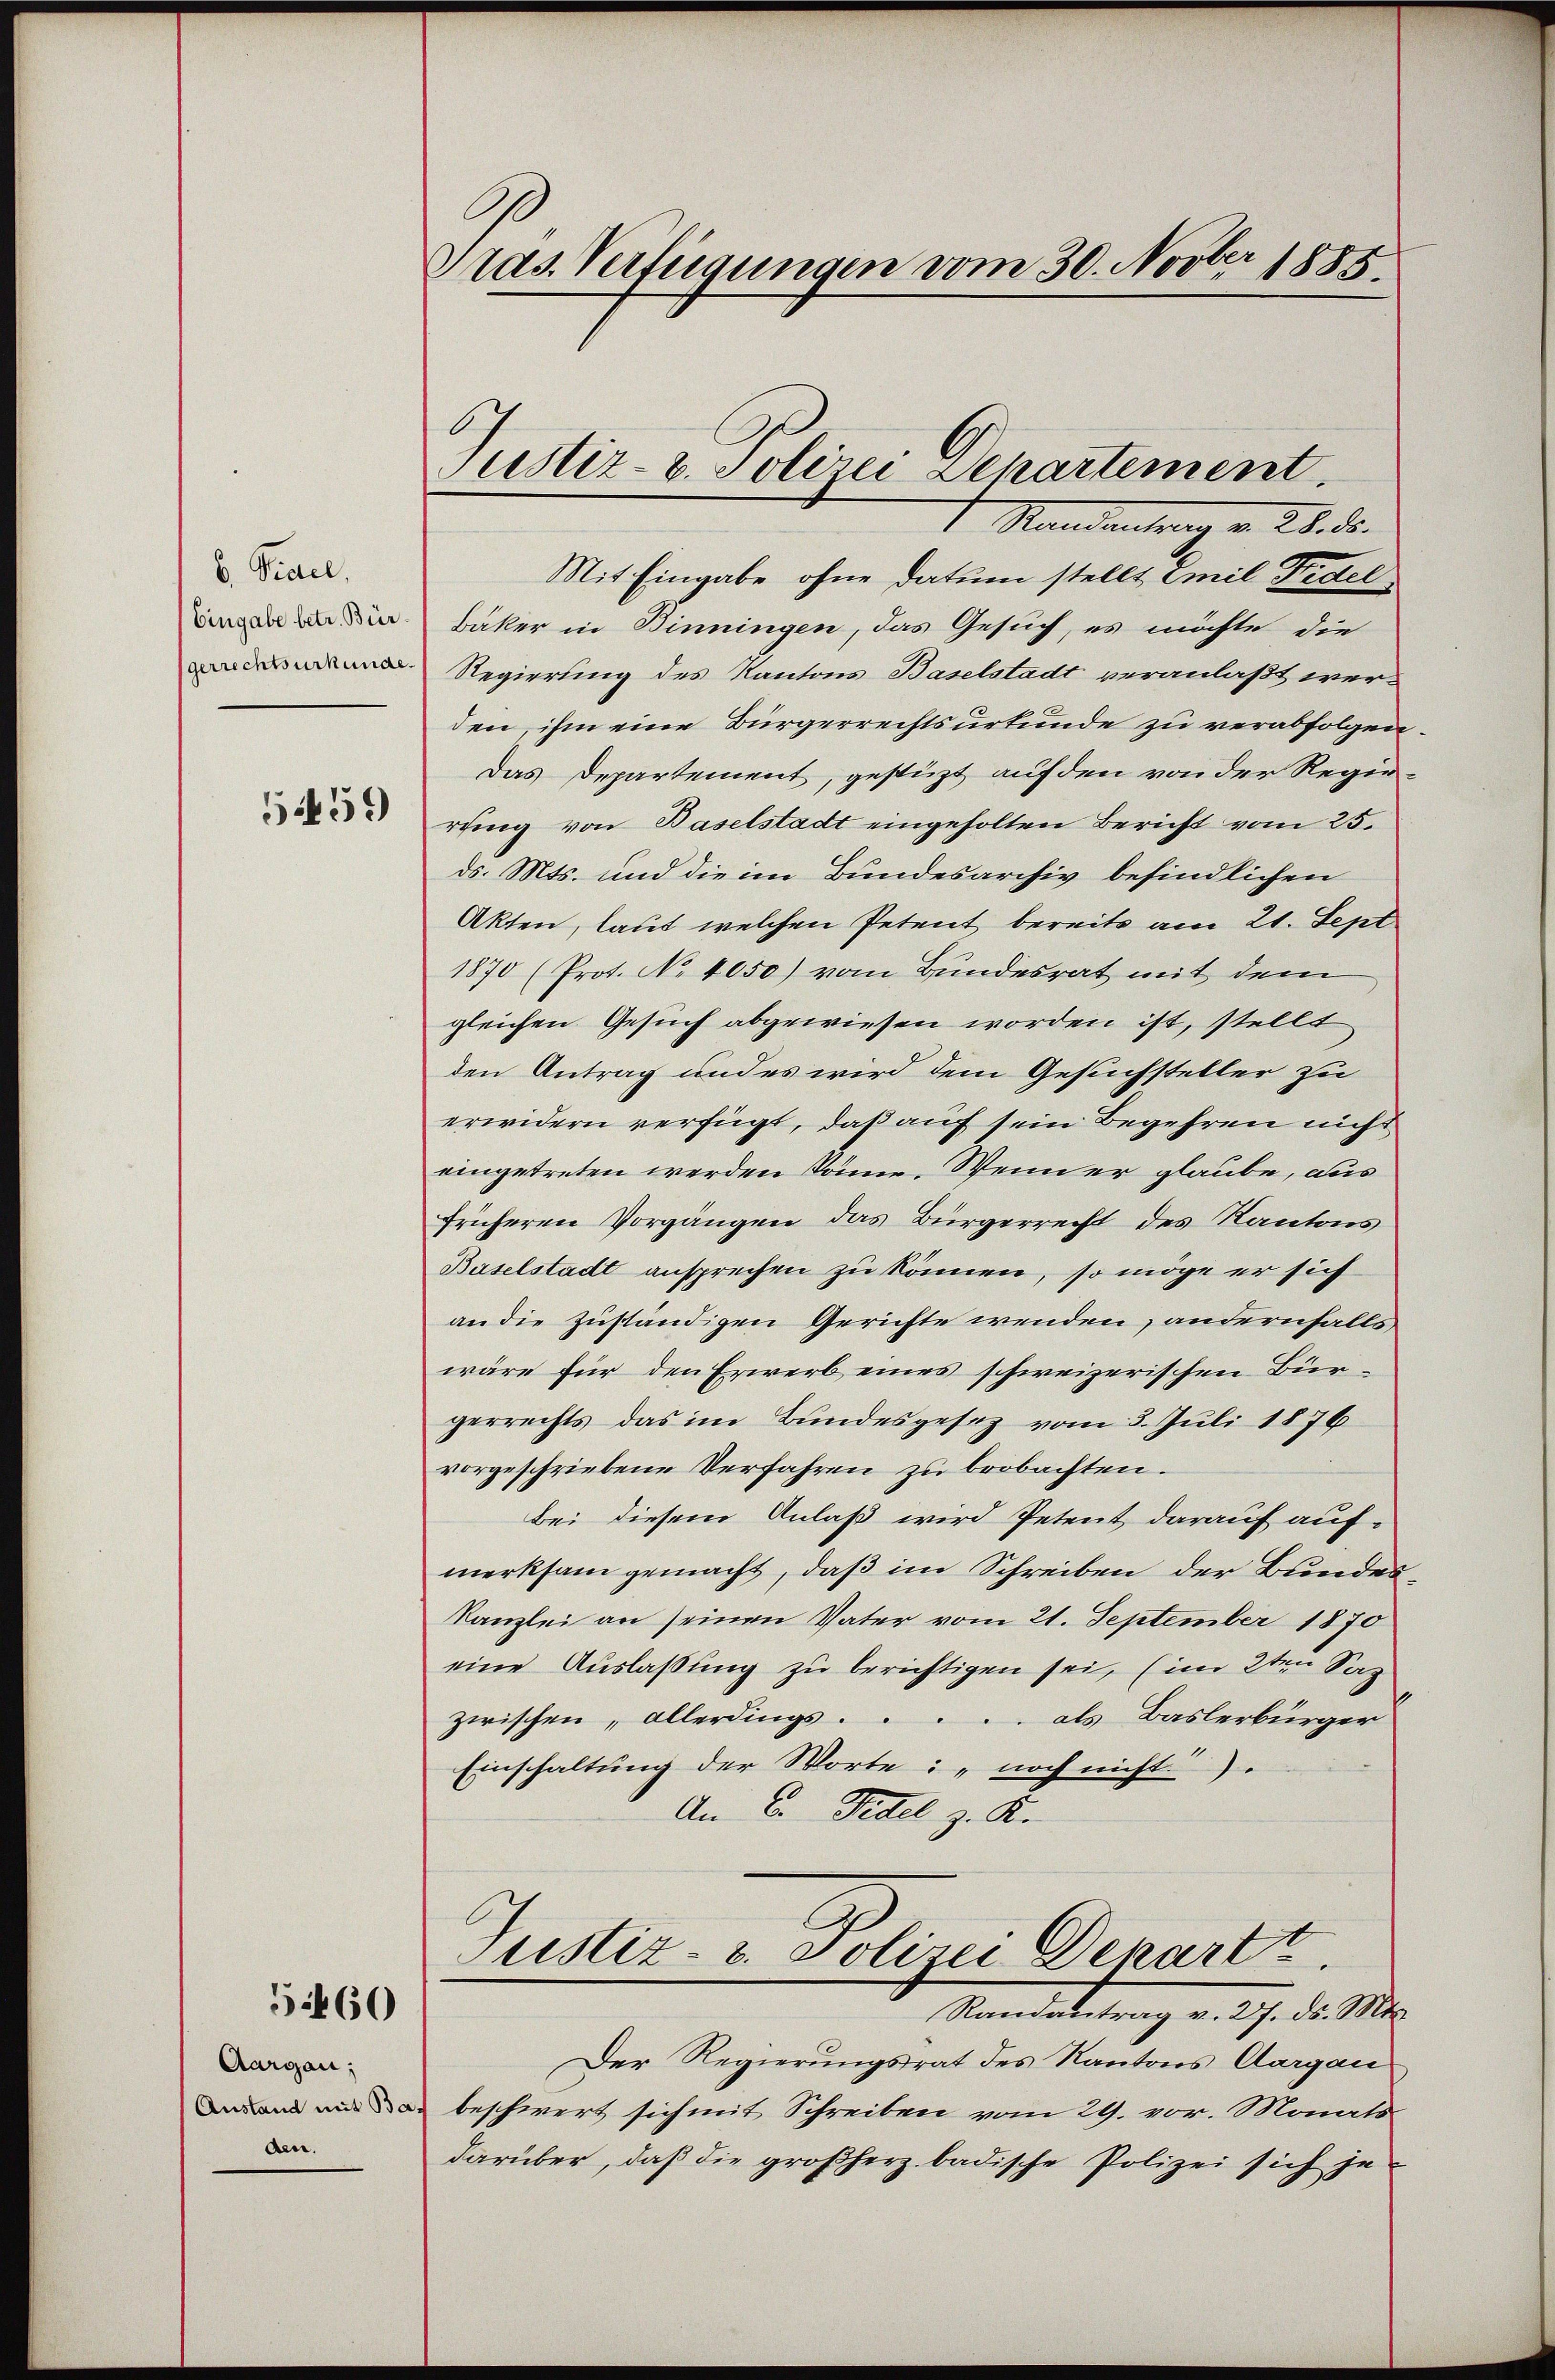
6. Pedel,
Eingabe betr. Bür
gerrechtsurkunde.

5459

5460

Aargau;
Anstand mit Baden.

Gras Verfügungen vom 30. Novber 1885.

Standentrag v. 28. d.
Mit Eingabe ohne Datum stellt Emil Fidel
Bäker in Binningen, das Gesuch, es möchte die
Regierung des Kantons Baselstadt veranlaßt werden, ihm eine Bürgerrechtsurkunde zu verabfolgen
Das Departement, gestüzt auf den von der Regierung von Baselstadt eingeholten Bericht vom 25.
ds. Mts. und die im Bundesarchiv befindlichen
Akten, laut welchen Petent bereits am 21. Sept
1870 (Prot. No 4050) vom Bundesrat mit dem
gleichen Gesuch abgewiesen worden ist, stellt
den Antrag und es wird dem Gesuchsteller zu
erwidern verfügt, daß auf sein Begehren nicht
eingetreten werden könne. Wenn er glaube, aus
früheren Vorgängen das Bürgerrecht des Kantons
Baselstadt ansprechen zu können, so möge er sich
an die zuständigen Gerichte wenden, andernfalls,
wäre für den Erwerb eines schweizerischen Bürgerrechts das im Bundesgesez vom 3. Juli 1876
vorgeschriebene Verfahren zu beobachten.
Bei diesem Anlaß wird Petent darauf auf-
merksam gemacht, daß im Schreiben der Bunden
Kanzlei an seinen Vater vom 21. September 1870
eine Auslaßung zu berichtigen sei, (im 2ten Saz
zwischen „allerdings..... als Baslerbürger
Einschaltung der Worte: „noch nicht
An E. Fidel z. K.
Justiz- u. Polizei Depart z
Randantrag v. 27. ds. Mts.
Der Regierungsrat des Kantons Aargau
beschwert sich mit Schreiben vom 29. vor. Monats
darüber, daß die großherz badische Polizei sich je¬

Justiz- u. Polizei Departement